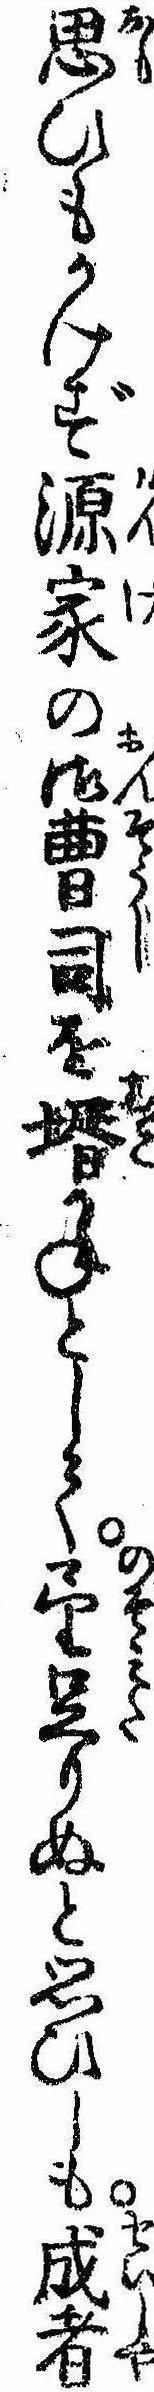
思ひもかけず源家の御曹司を婿かねとして望足りぬと思ひしも成者